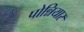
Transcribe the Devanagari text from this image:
पोन्नियार